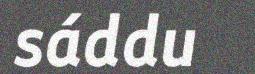
sáddu